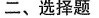
二、选择题